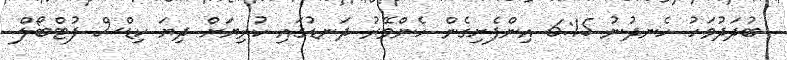
ބުދަދުވަހު ހެނދުނު 6:15 އިންފެށިގެން ހެންވޭރު ދަނޑުގައި ކުރިޔަށް ދިޔަ ކިޑްސް ފުޓްބޯލް